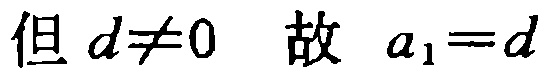
但 \(d\neq0\) 故 \(a_{1}=d\)